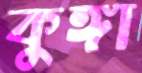
কুঙ্গা